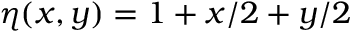
\eta ( x , y ) = 1 + x / 2 + y / 2